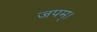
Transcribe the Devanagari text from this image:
जपम्‌।